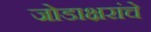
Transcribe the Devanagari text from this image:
जोडाक्षरांचे